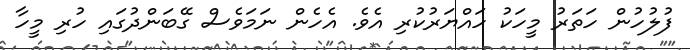
ފުލުހުން ހަތަރު މީހަކު ހައްޔަރުކުރި އެވެ. އެހެން ނަމަވެސް ގޭބަންދުގައި ހުރި މީހާ